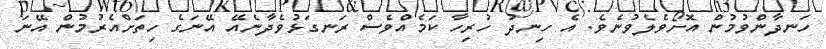
ހަނދާންވުމުން އޮށޯވެލެވުނެވެ. އެ ހިނދު ހުރިހާ ކަމެއްވެސް ރަނގަޅުވެދާނެއޭ އޭނަގެ ހިތަށްއެރުމުން އޭނަ